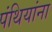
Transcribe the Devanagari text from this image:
पंथियांना